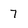
Character: 7